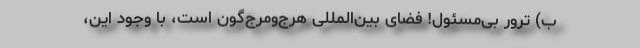
ب) ترورِ بی‌مسئول! فضای بین‌المللی هرج‌ومرج‌گون است، با وجود این،